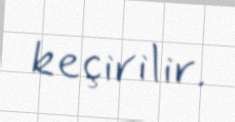
keçirilir.